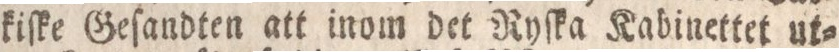
kiſke Geſandten att inom det Ryſka Kabinettet ut=